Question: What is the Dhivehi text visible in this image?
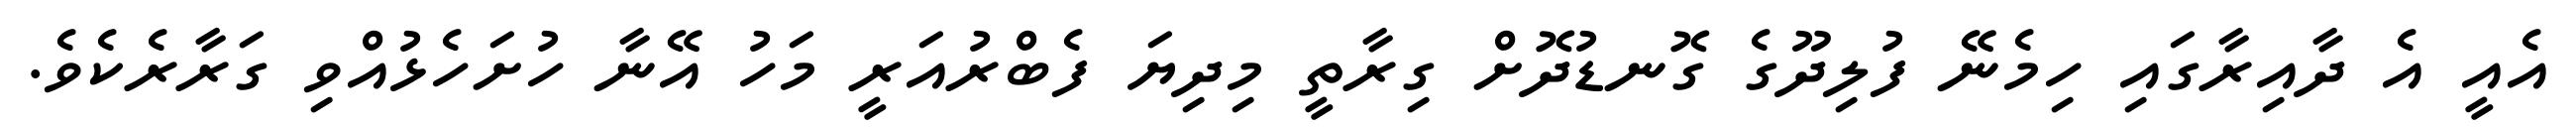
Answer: އެއީ އެ ދާއިރާގައި ހިމެނޭ ފުލިދޫގެ ގޮނޑުދޮށް ގިރާތީ މިދިޔަ ފެބްރުއަރީ މަހު އޭނާ ހުށަހެޅުއްވި ގަރާރެކެވެ.